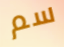
سم